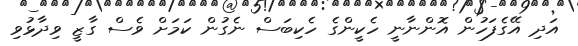
އަދި އޭގެފަހުން އޮންނާނީ ހެކީންގެ ހެކިބަސް ނެގުން ކަމަށް ވެސް ގާޒީ ވިދާޅުވި